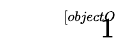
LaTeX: \sqrt[[objectObject]]{1}